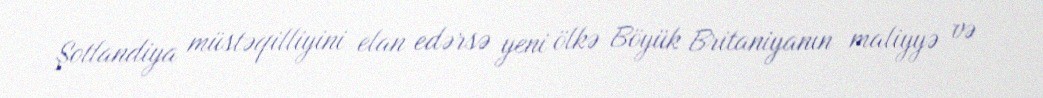
Şotlandiya müstəqilliyini elan edərsə yeni ölkə Böyük Britaniyanın maliyyə və